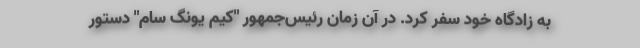
به زادگاه خود سفر کرد. در آن زمان رئیس‌جمهور "کیم یونگ سام" دستور